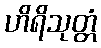
ဟိရိသုတ္တံ